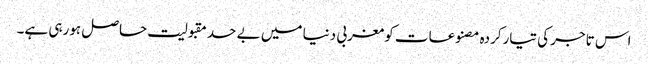
اس تاجر کی تیارکردہ مصنوعات کومغربی دنیا میں بے حد مقبولیت حاصل ہورہی ہے۔